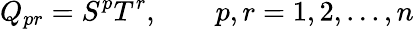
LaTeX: Q_{pr}=S^{p}T^{r},\qquad p,r=1,2,...,n